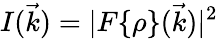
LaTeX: I(\vec{k})=|F\{ \rho\} (\vec{k})|^{2}